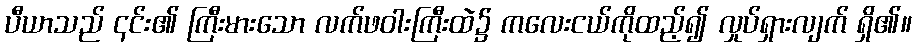
ပီယာသည် ၎င်း၏ ကြီးမားသော လက်ဖဝါးကြီးထဲ၌ ကလေးငယ်ကိုထည့်၍ လှုပ်ရှားလျက် ရှိ၏။